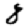
Digit: 8